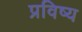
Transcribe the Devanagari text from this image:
प्रविष्य